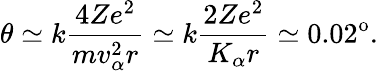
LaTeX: \theta\simeq k\frac{4Ze^{2}}{mv_{\alpha}^{2}r}\simeq k\frac{2Ze^{2}}{K_{\alpha}r}\simeq 0.02^{\mathrm{o}}.